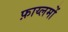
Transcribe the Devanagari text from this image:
फ़ाय्लमों